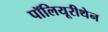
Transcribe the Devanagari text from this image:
पॉलियूरीथेन